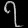
Digit: ၇